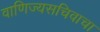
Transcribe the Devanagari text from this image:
वाणिज्यसचिवाचा